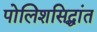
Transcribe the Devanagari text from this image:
पोलिशसिद्धांत